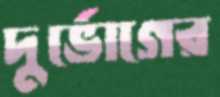
দুর্ভোগের